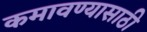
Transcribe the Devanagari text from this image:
कमावण्यासाठी